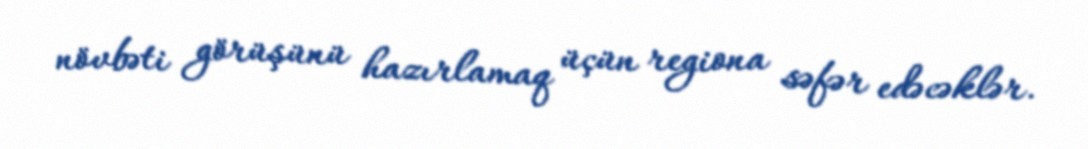
növbəti görüşünü hazırlamaq üçün regiona səfər edəcəklər.